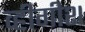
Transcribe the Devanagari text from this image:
व्हीगीश